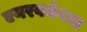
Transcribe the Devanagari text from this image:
एयरवर्कच्या